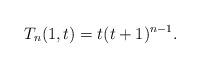
LaTeX: \begin{align*}T_n(1,t) = t (t + 1)^{n-1}.\end{align*}